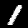
Label: 1